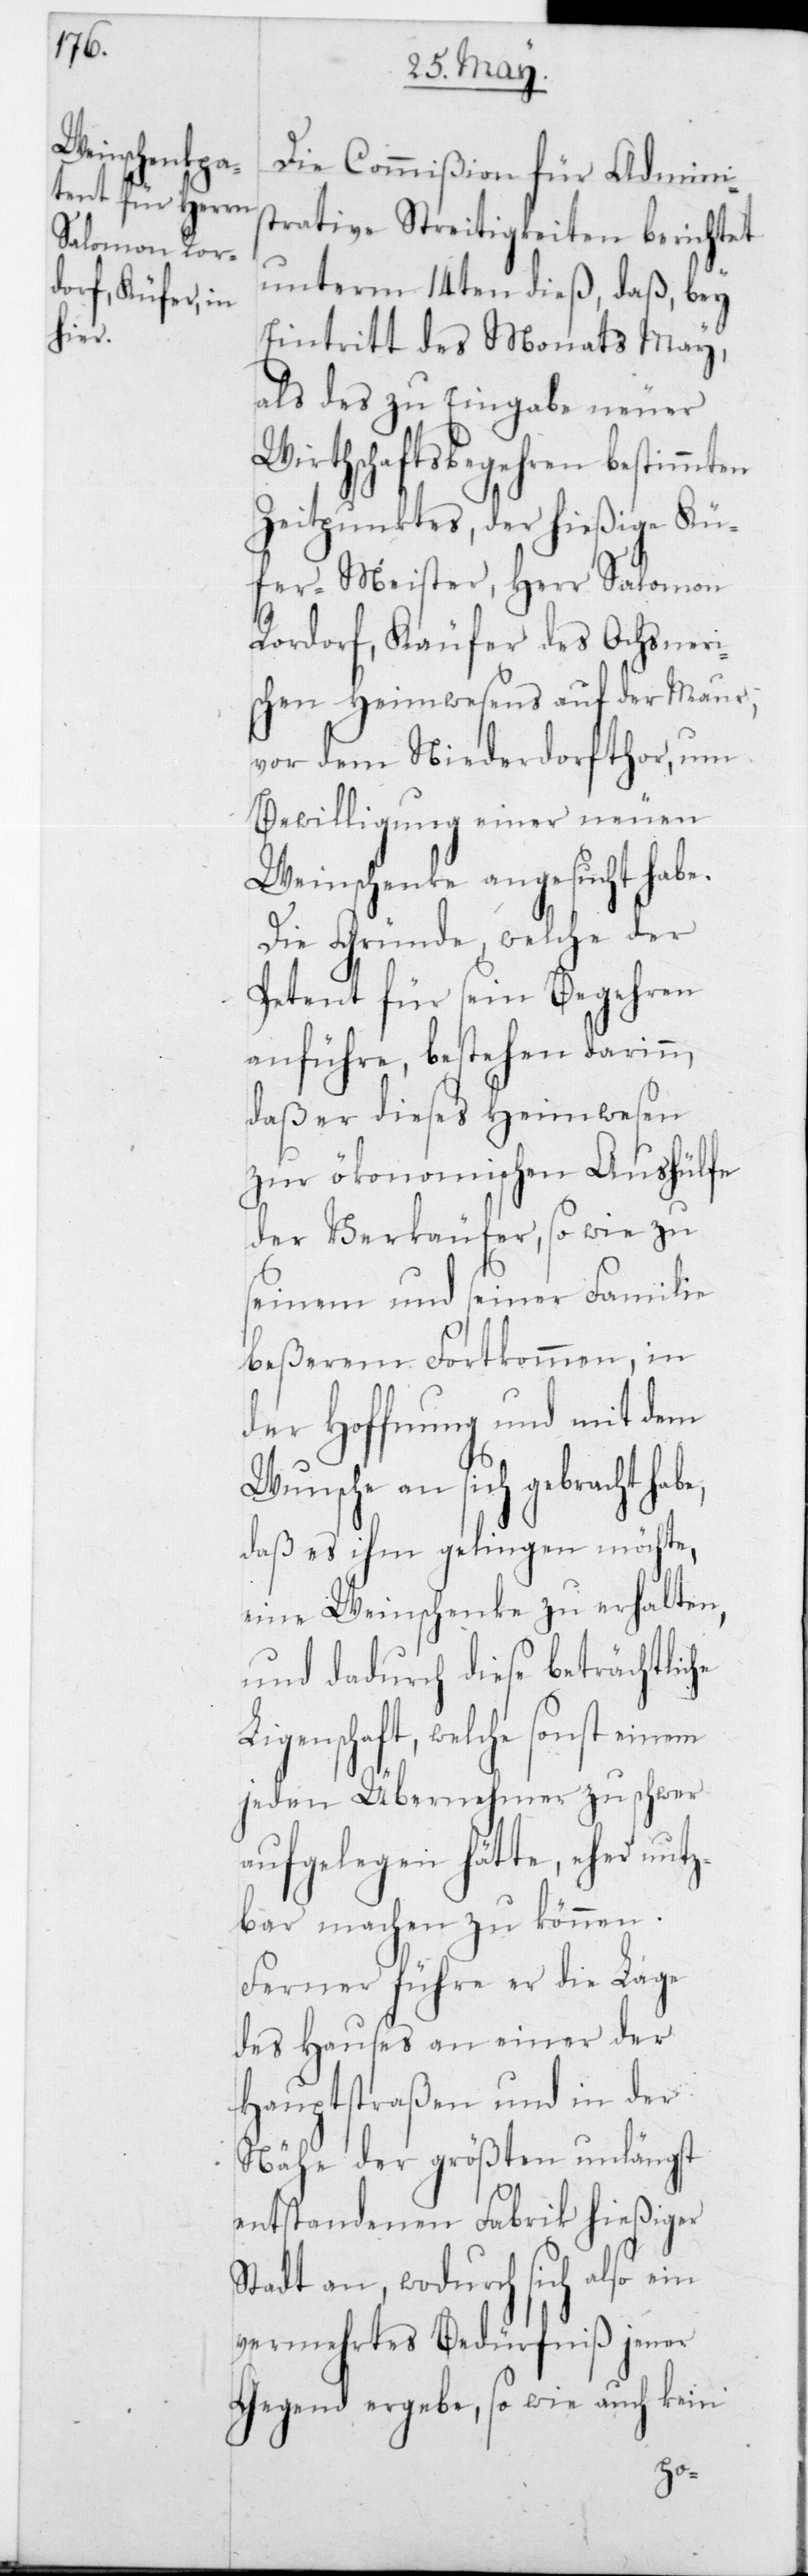
Die Commißion für Admini¬
strative Streitigkeiten berichtet
unterm 14ten dieß, daß, bey
Eintritt des Monats May,
als des zu Eingabe neuer
Wirtschaftsbegehren bestimmten
Zeitpunktes, der hießige Kü¬
fer-Meister, Herr Salomon
Rordorf, Käufer des Ochsneri¬
schen Heimwesens auf der Maur,
vor dem Niederdorfthor, um
Bewilligung einer neuen
Weinschenke angesucht habe.
Die Gründe, welche der
Petent für sein Begehren
anführe, bestehen darinn,
daß er dieses Heimwesen
zur ökonomischen Aushülfe
der Verkäufer, sowie zu
seinem und seiner Familie
beßerem Fortkommen, in
der Hoffnung und mit dem
Wunsche an sich gebracht habe,
daß es ihm gelingen möchte,
eine Weinschenke zu erhalten,
und dadurch diese beträchtliche
egenschaft, welche sonst einem
jeden Übernehmer zu schwer
aufgelegen hätte, eher nut¬
zbar machen zu können.
Ferner führe er die Lage
des Hauses an einer der
Hauptstraßen und in der
Nähe der größten unlängst
entstandenen Fabrik hießiger
Stadt an, wodurch sich also ein
vermehrtes Bedürfniß jener
Gegend ergebe, sowie auch kein
Li¬